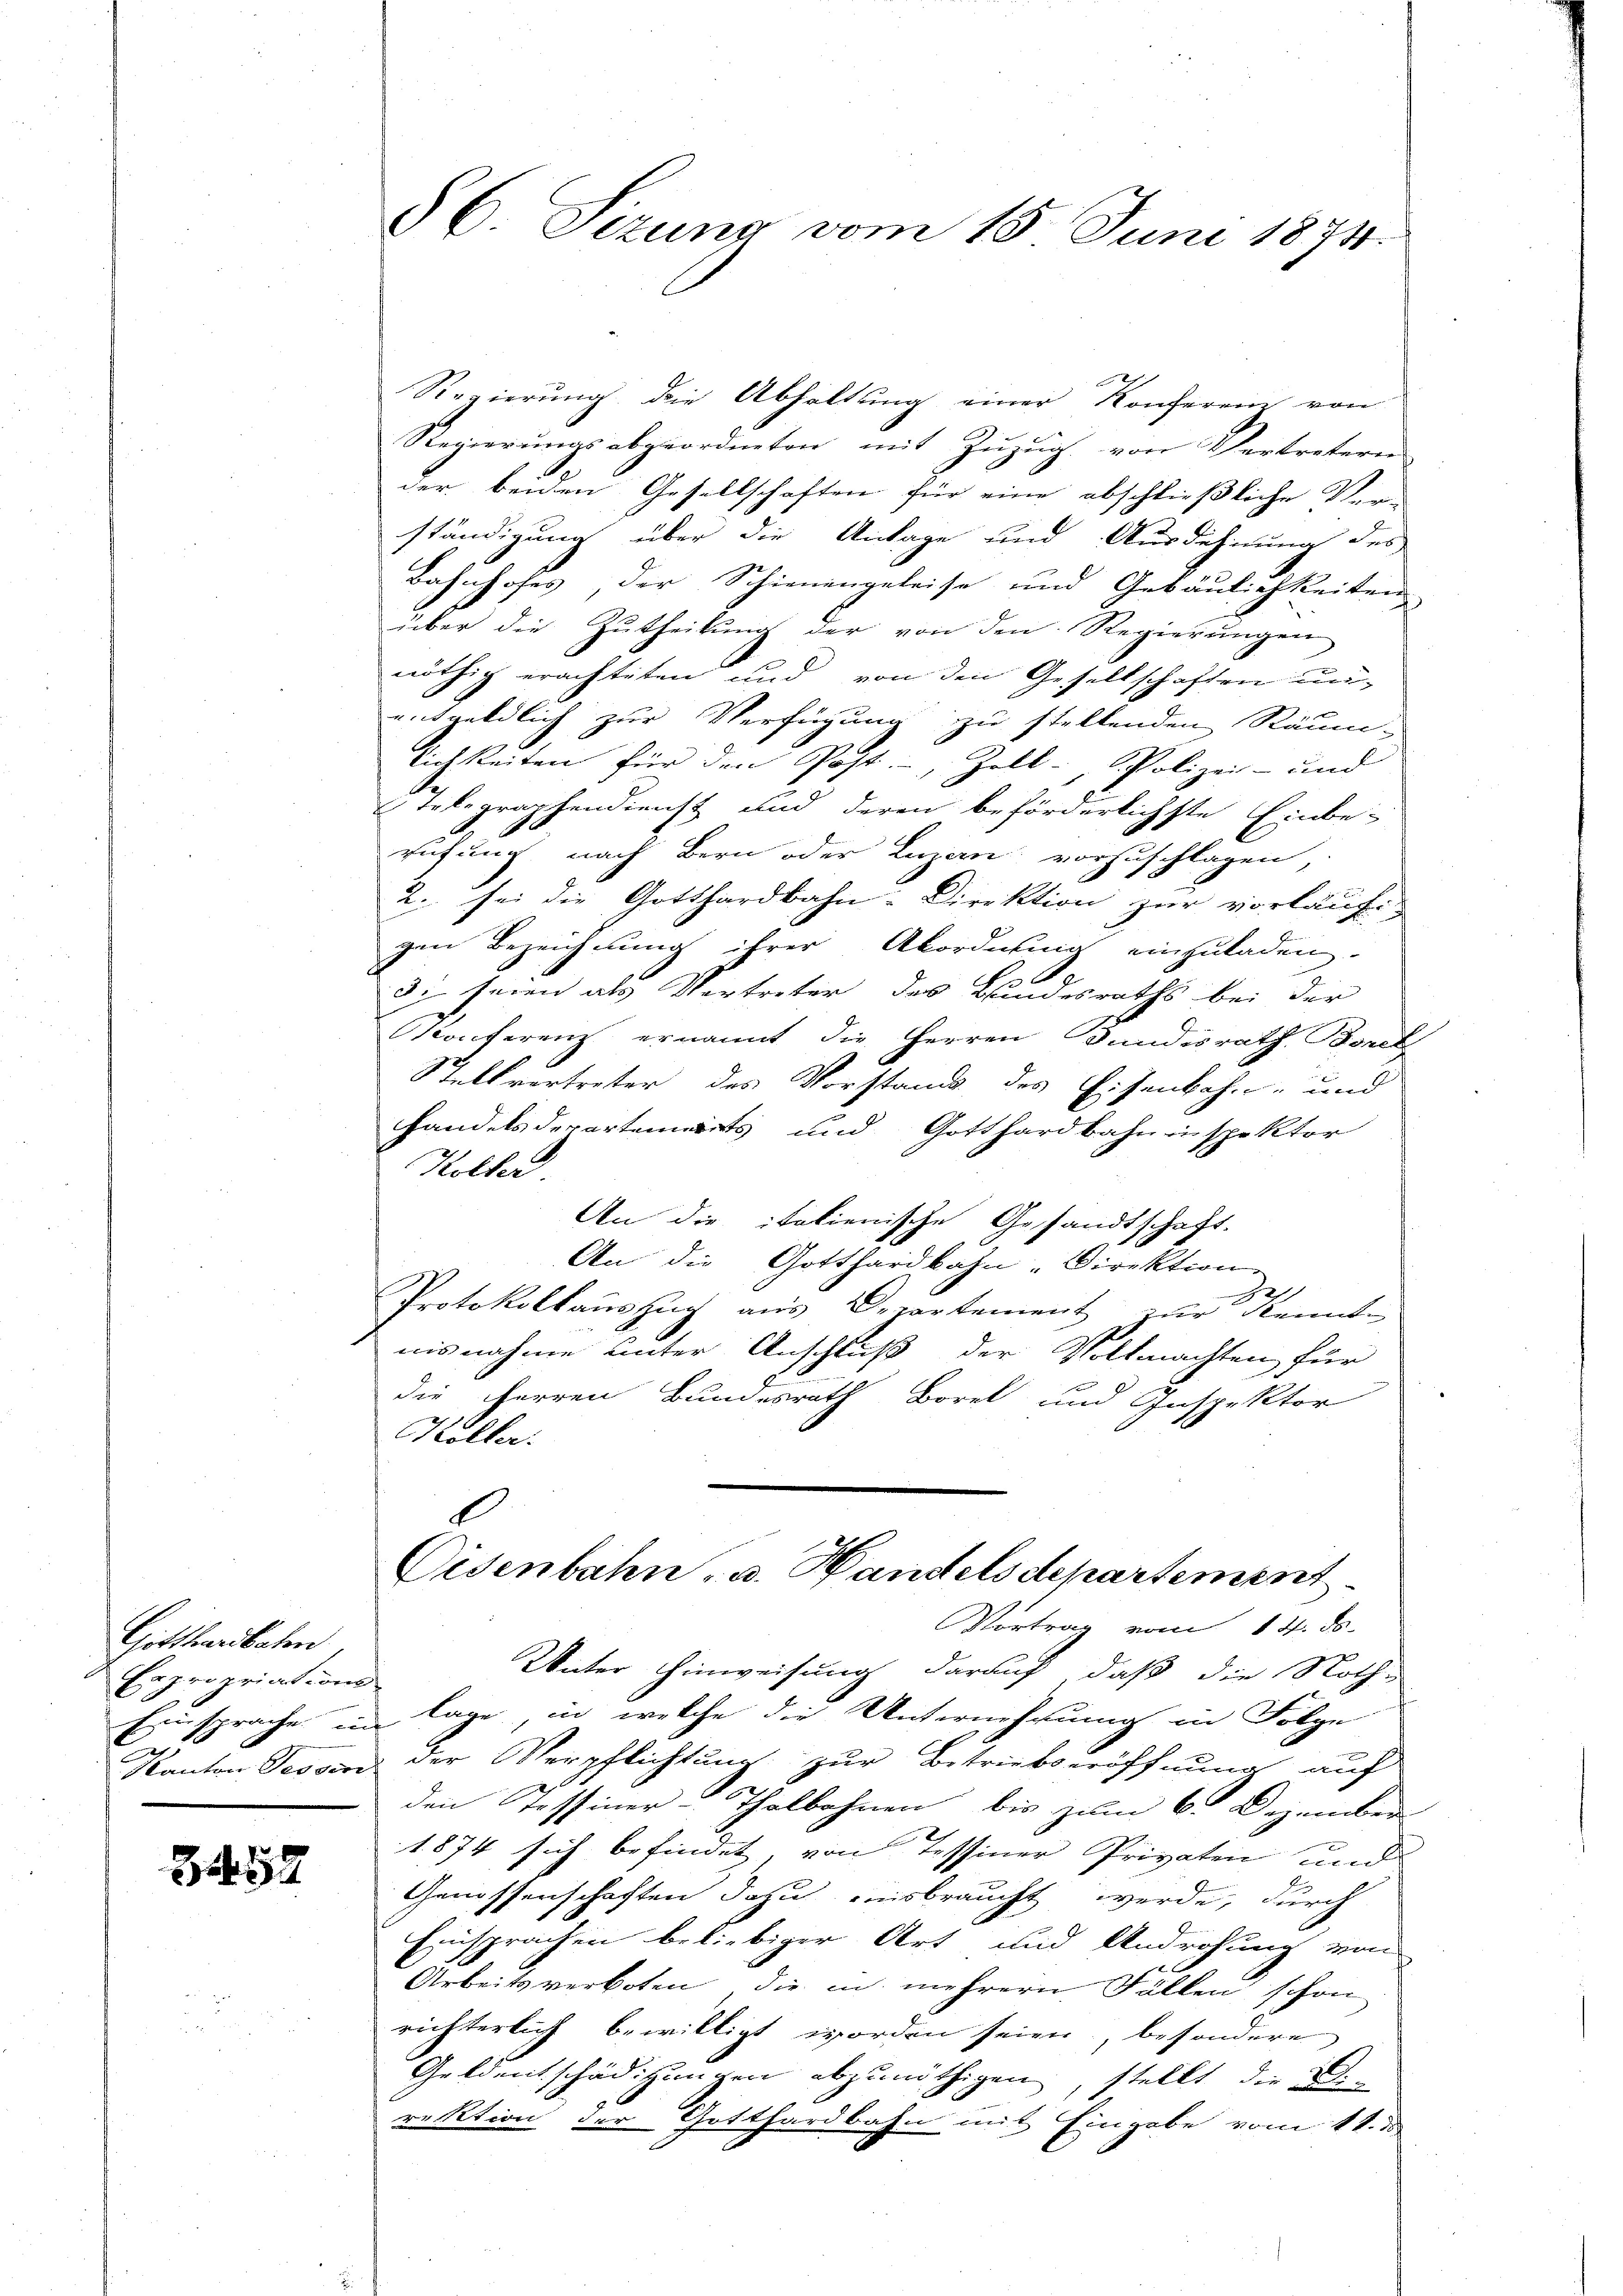
Gotthardbahn,
Capropriation

852

§ C. Sizung vom 15. Juni 1874.

Regierung die Abhaltung einer Konferenz von
Regierungsabgeordneten mit Zuzug von Vertretern
der beiden Gesellschaften für eine abschließliche Ver-
ständigung über die Antage und Ausdehnung des
Bahnhofes, der Schienengeleise und Gebäulichkeiten
über die Zŭtheilŭng der von den Regierŭngen
nöthig erachteten und von den Gesellschaften unentgeldlich zur Verfügung zu stellenden Räum-
lichkeiten für den Post-, Zoll- Polizei- und
Telegraphendienst und deren beförderlichste Einbe-
rufung nach Bern oder Luzern vorzuschlagen,
2. sei die Gotthardbahn-Direktion zur vorläufi
gen Bezeichnung ihrer Akordnung einzuladen.
8: seien als Vertreter des Bundesraths bei der
Konferenz ernannt die Herren Bundesrath Boul
Stellvertreter des Vorstand des Eisenbahn- und
Handelsderartements und Gotthardbahninspektor
Koller
An die italienische Gesandtschaft.
An die Gotthardbahn-Direktion
Protokollauszug aus Departement zur Kennt-
nisnahme unter Anschluß der Vollmachten für
die Herren Bundesrath Borel und Inspektor
Köller.
l
Eisenbahn - u. Handelsdepartement
Vortrag vom 14. ds.
Unter Hinweisung darauf, daß die Noth-
Einsprache im Lage, in welche die Unternehmung in Folge
Kanton Tessin der Verpflichtung zur Betriebseröffnung auf
den Tessiner-Thalbahnen, bis zum 6. Dezember
1874 sich befindet, von Tessiner Privaten und
Genossenschaften dazu ausbraucht werde, durch
Einsprachen beliebiger Art und Androhung von
Arbeitsverboten, die in mehrern Fällen schon
richterlich bewilligt worden seien, besondere
Geldentschädigungen abzunöthigen, stellt die Be-
rektion der Gotthardbahn mit Eingabe vom 11. d